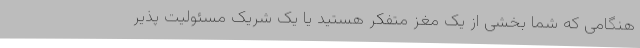
هنگامی که شما بخشی از یک مغز متفکر هستید یا یک شریک مسئولیت پذیر